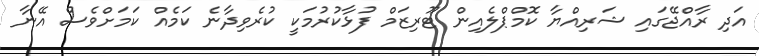
އަދި ރާއްޖޭގައި ޝަރިއްޔާ ކޮމްޕްލެއިން ޓޫރިޒަމް ފުޅާކުރުމަކީ ކުރެވިދާނެ ކަމެއް ކަމަށްވެސް އޭނާ